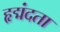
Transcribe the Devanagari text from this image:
हृद्मंदता